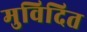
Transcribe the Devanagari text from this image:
मुविदित